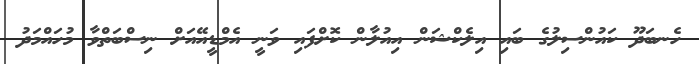
ހެނބަދޫ ކައުންސިލުގެ ބައި އިލެކްޝަން އިއުލާން ކޮށްފައި ވަނީ އެމްޑީއޭއަށް ނިސްބަތްވާ މުހައްމަދު